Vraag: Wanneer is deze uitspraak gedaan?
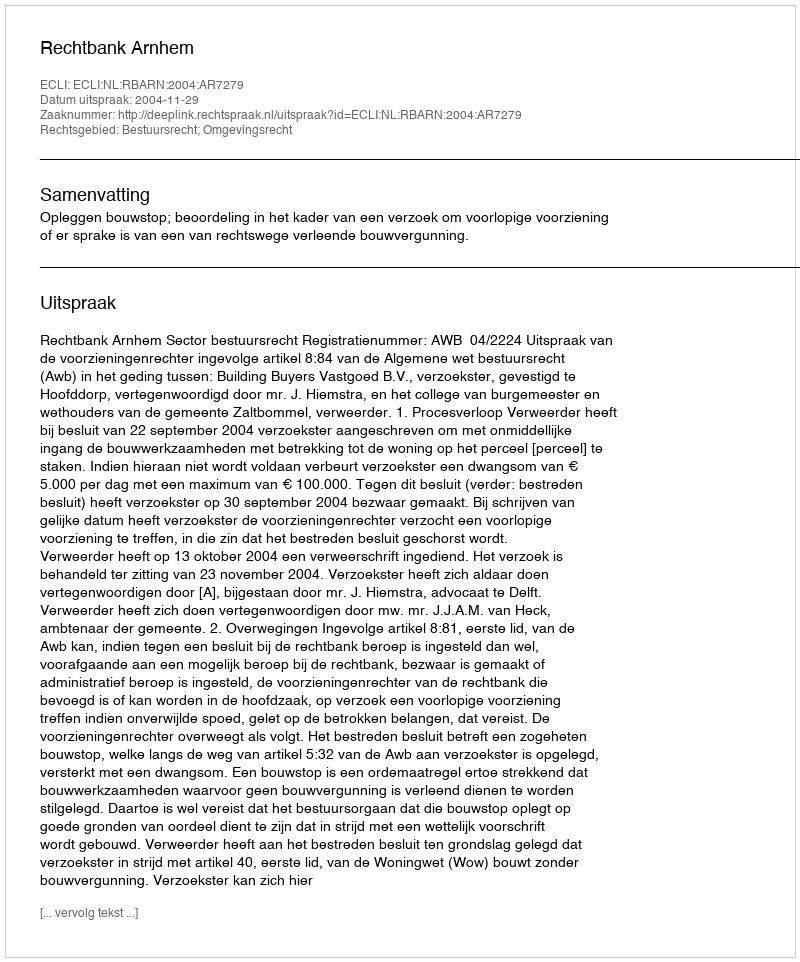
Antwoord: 2004-11-29